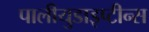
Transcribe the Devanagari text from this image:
पालीयुडाइप्टीन्स